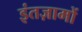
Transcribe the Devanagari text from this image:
इंतज़ामों